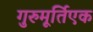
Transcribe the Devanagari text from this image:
गुरुमूर्तिएक